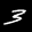
Label: 3